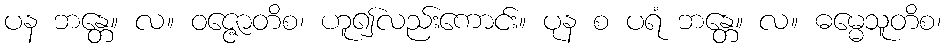
ပန ဘန္တေ။ လ။ ဝဇ္ဇောတိစ၊ ဟူ၍လည်းကောင်း။ ပုန စ ပရံ ဘန္တေ။ လ။ ဓမ္မေသူတိစ၊